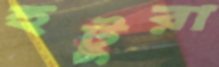
হুটুরা